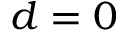
d = 0